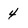
Character: 4